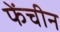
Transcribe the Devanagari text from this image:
फेंचीन